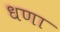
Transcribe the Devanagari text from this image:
धणा